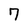
Character: 7